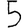
Digit: 5